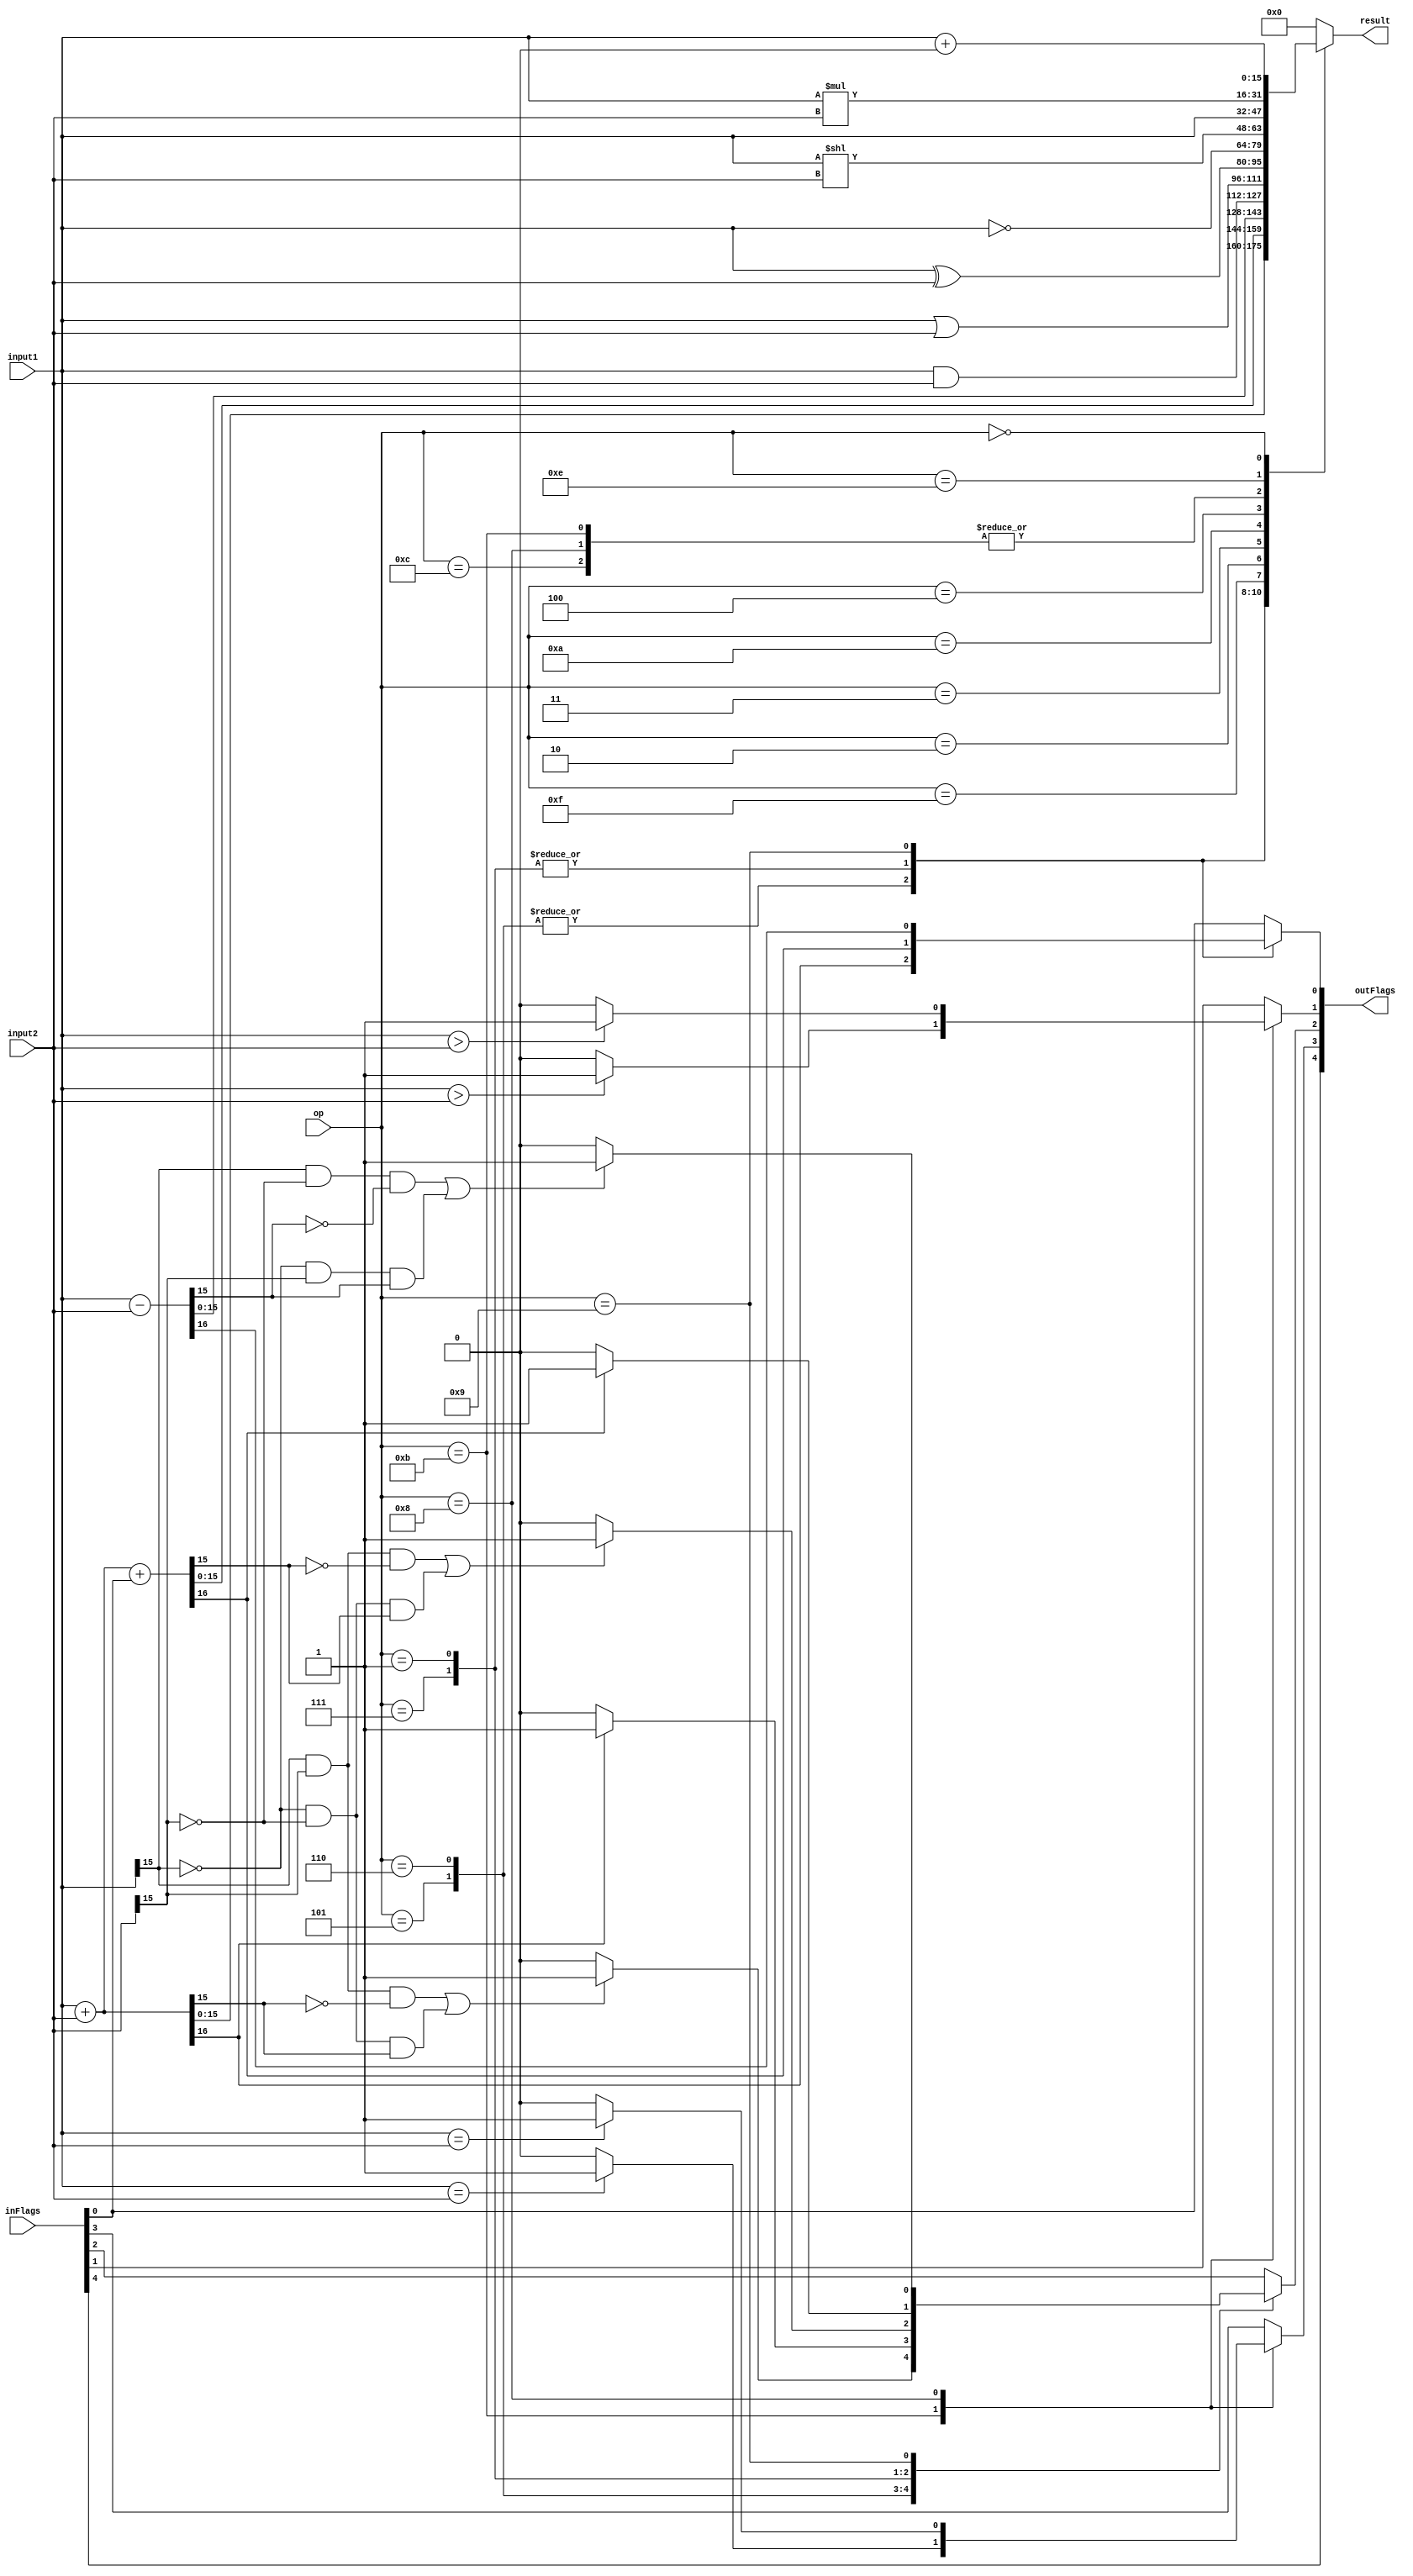
module ALU(input [15:0]input1, input [15:0]input2, input [3:0]op, input [4:0]inFlags,
			  output reg [4:0]outFlags, output reg [15:0]result 
    );
	 
	 // Flags:
	 // Bit 0: Carry
	 // Bit 1: Comparison bit (less than)
	 // Bit 2: Flag bit (such as for overflow)
	 // Bit 3: Comparison bit (equality)
	 // Bit 4: Negative bit
	 
	 parameter ADD = 4'b0101;
	 parameter ADDU = 4'b0110;
	 parameter ADDC = 4'b0111;
	 parameter ADDCU = 4'b0001;
	 parameter SUB = 4'b1001;
	 parameter CMP = 4'b1011;
	 parameter CMPU = 4'b1000;
	 parameter AND = 4'b1111;
	 parameter OR = 4'b0010;
	 parameter XOR = 4'b0011;
	 parameter NOT = 4'b1010;
	 parameter LSH = 4'b0100;
	 parameter ACCEL = 4'b1100;
	 parameter MULT = 4'b1110;
	 parameter NOP = 4'b0000;
	 
	 always @(input1, input2, op, inFlags) begin
		result = 2'h00;
		outFlags = inFlags;
		 case(op)
			ADD:
				begin
					{outFlags[0], result} = input1 + input2;
					if((input1[15] & input2[15] & ~result[15]) | (~input1[15] & ~input2[15] & result[15])) 
						outFlags[2] = 1'b1;
					else outFlags[2] = 1'b0;
					outFlags[1] = inFlags[1];
					outFlags[3] = inFlags[3];
					outFlags[4] = inFlags[4];
				end
				
			ADDU:
				begin
					{outFlags[0], result} = input1 + input2;
					if(outFlags[0] == 1'b1) outFlags[2] = 1'b1;
					else outFlags[2] = 1'b0;
					outFlags[1] = inFlags[1];
					outFlags[3] = inFlags[3];
					outFlags[4] = inFlags[4];
				end
				
			ADDC:
				begin
					{outFlags[0], result} = input1 + input2 + inFlags[0];
					if((input1[15] & input2[15] & ~result[15]) | (~input1[15] & ~input2[15] & result[15]))
						outFlags[2] = 1'b1; 					
					else outFlags[2] = 1'b0;
					outFlags[1] = inFlags[1];
					outFlags[3] = inFlags[3];
					outFlags[4] = inFlags[4];
				
				end
				
			ADDCU:
				begin
					{outFlags[0], result} = input1 + input2 + inFlags[0];
					if(outFlags[0] == 1'b1) outFlags[2] = 1'b1;
					else outFlags[2] = 1'b0;
					outFlags[1] = inFlags[1];
					outFlags[3] = inFlags[3];
					outFlags[4] = inFlags[4];
				end
				
			SUB:
				begin
					{outFlags[0], result} = input1 - input2;
					if((input1[15] & ~input2[15] & ~result[15]) | (~input1[15] & input2[15] & result[15])) 
						outFlags[2] = 1'b1;
					else outFlags[2] = 1'b0;
					outFlags[1] = inFlags[1];
					outFlags[3] = inFlags[3];
					outFlags[4] = inFlags[4];
				end
				
			CMP:
				begin
					if($signed(input1) > $signed(input2))
						outFlags[1] = 1'b1;
					else
						outFlags[1] = 1'b0;
						
					if($signed(input1) == $signed(input2))
						outFlags[3] = 1'b1;
					else
						outFlags[3] = 1'b0;
						
					outFlags[0] = inFlags[0];
					outFlags[2] = inFlags[2];
					outFlags[4] = inFlags[4];
					result = input1;
				end
				
			CMPU:
				begin
					if($unsigned(input1) > $unsigned(input2))
						outFlags[1] = 1'b1;
					else
						outFlags[1] = 1'b0;
						
					if($unsigned(input1) == $unsigned(input2))
						outFlags[3] = 1'b1;
					else
						outFlags[3] = 1'b0;
						
					outFlags[0] = inFlags[0];
					outFlags[2] = inFlags[2];
					outFlags[4] = inFlags[4];
					result = input1;
				end
				
			AND:
				begin
					result = input1 & input2;
					outFlags[4:0] = inFlags[4:0];
				end
				
			OR:
				begin
					result = input1 | input2;
					outFlags[4:0] = inFlags[4:0];
				end
				
			XOR:
			
				begin
					result = input1 ^ input2;
					outFlags[4:0] = inFlags[4:0];
				end
				
			NOT:
				begin
					result = ~input1;
					outFlags[4:0] = inFlags[4:0];
				end
				
			LSH:
				begin
					result = input1 << input2;
					outFlags[4:0] = inFlags[4:0];
				end
				
			ACCEL:
				begin
					result = input1;
					outFlags[4:0] = inFlags[4:0];
				end
				
			MULT:
				begin
					result = input1 * input2;
					outFlags[4:0] = inFlags[4:0];
				end
				
			NOP:
				begin
					result = input1 + 16'd0;
					outFlags[4:0] = inFlags[4:0];
				end
				
			default:
				begin
					result = 2'h00;
					outFlags[4:0] = inFlags[4:0];
				end
				
		 endcase
	end


endmodule